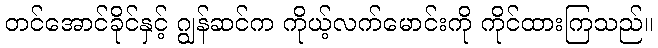
တင်အောင်ခိုင်နှင့် ဂျွန်ဆင်က ကိုယ့်လက်မောင်းကို ကိုင်ထားကြသည်။